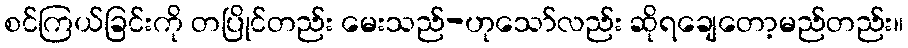
စင်ကြယ်ခြင်းကို တပြိုင်တည်း မေးသည်-ဟုသော်လည်း ဆိုရချေတော့မည်တည်း။